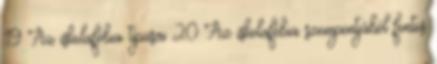
19 Az iskolafóbia típusai 20 Az iskolafóbia szempontjából fontos